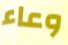
وعاء